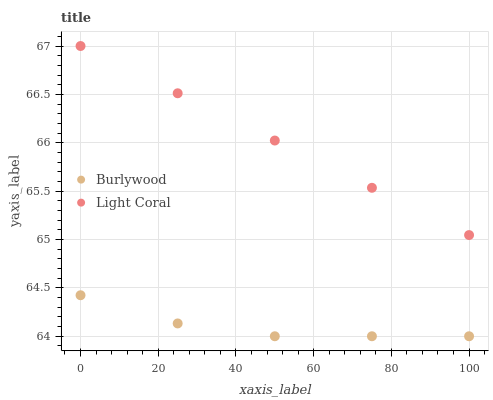
| xaxis_label | Burlywood | Light Coral |
 | --- | --- | --- |
 | 0 | 64.4 | 67 |
 | 25 | 64.1 | 66.5 |
 | 50 | 64 | 66 |
 | 75 | 64 | 65.5 |
 | 100 | 64 | 65 |